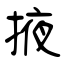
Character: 掖